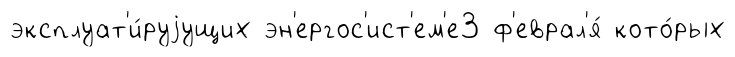
эксплуат'и́руjущих эн'ергос'ист'ем'е3 ф'еврал'я́ кото́рых